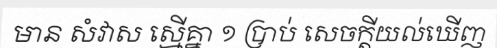
មាន សំវាស ស្មើគ្នា ១ ប្រាប់ សេចក្តីយល់ឃើញ